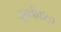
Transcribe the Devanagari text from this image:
युक्तीवादच